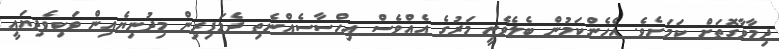
ދިމާވާގޮތަށް ކަމަށެވެ. އެހެންކަމުން ބެލެވެނީީ މަރުގެ އެއްވެސް އިހްސާސެއްނެތި ދެމަފިރިން މިދުނިޔެއިން ވަކިވެދިޔައީ